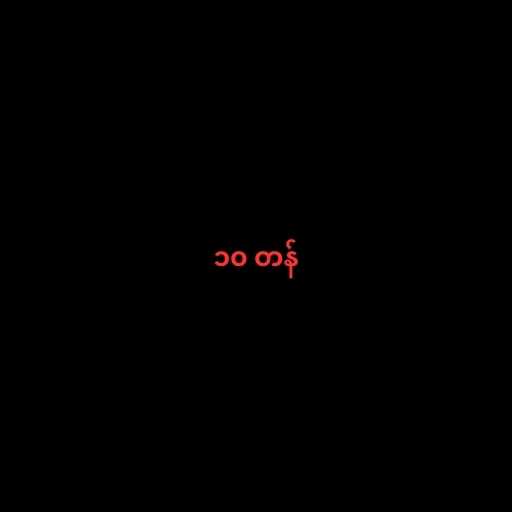
၁၀ တန်